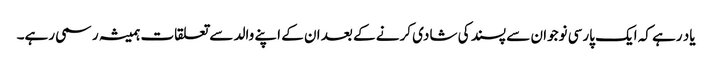
یاد رہے کہ ایک پارسی نوجوان سے پسند کی شادی کرنے کے بعد ان کے اپنے والد سے تعلقات ہمیشہ رسمی رہے۔